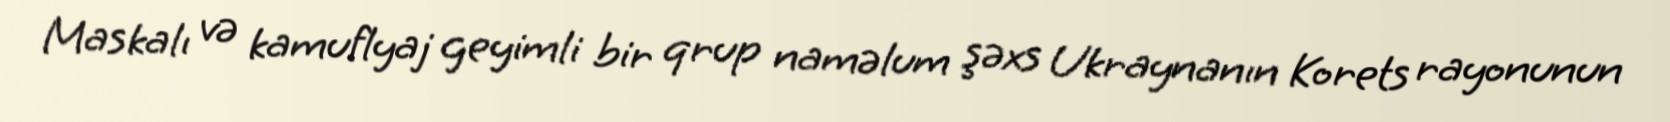
Maskalı və kamuflyaj geyimli bir qrup naməlum şəxs Ukraynanın Korets rayonunun